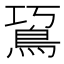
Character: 䲾